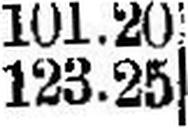
123.25